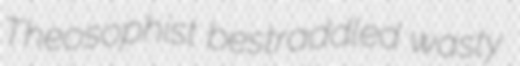
Theosophist bestraddled wasty